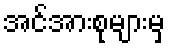
အင်အားစုများမှ